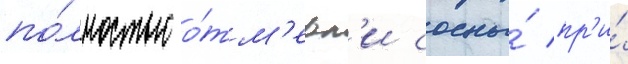
по́лностью о́тм'ерл'и сосны́ пр'и́